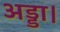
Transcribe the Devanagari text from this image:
अड्डा।